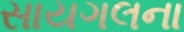
સાયગલના